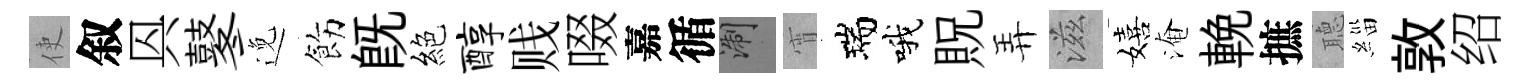
使叙㒷鼕𨓜飭旣絕醇贱啜嘉循浙宵瑞哦貺弄滋嬉淹輓摭𦗟緇敦绍